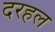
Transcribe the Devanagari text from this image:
दरहल